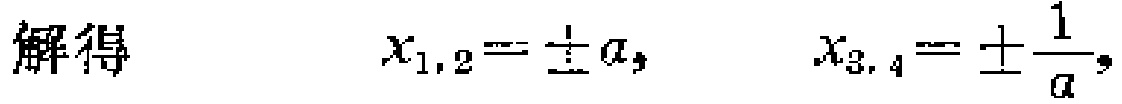
解得

\(x_{1,2}=\pm a,\)

\(x_{3,4}=\pm\frac{1}{a},\)